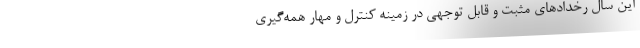
این سال رخدادهای مثبت و قابل توجهی در زمینه کنترل و مهار همه‌گیری